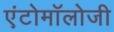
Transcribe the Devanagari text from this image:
एंटोमॉलोजी